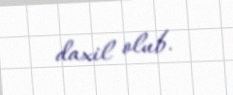
daxil olub.